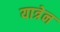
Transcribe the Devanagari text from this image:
यात्रेन